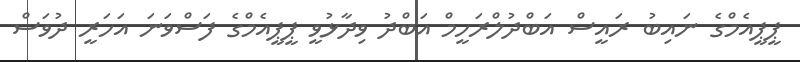
ޕީޕީއެމްގެ ނައިބު ރައީސް އަބްދުލްރަހީމް އަބްދު ވިދާޅުވީ ޕީޕީއެމްގެ ފަސްވަނަ އަހަރީ ދުވަސް